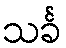
သင်္ခ